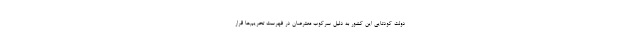
دولت کودتایی این کشور به دلیل سرکوب معترضان در فهرست تحریم‌ها قرار